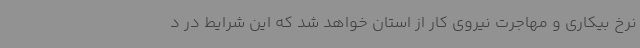
نرخ بیکاری و مهاجرت نیروی کار از استان خواهد شد که این شرایط در د